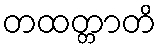
တထတ္တာတိ